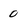
Character: 0